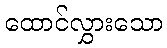
ထောင်လွှားသော